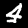
Digit: 4